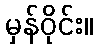
မှန်ဝိုင်း။